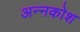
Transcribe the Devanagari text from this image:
अन्‍नकोश